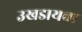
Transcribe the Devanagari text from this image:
उखडायचा